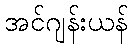
အင်ဂျန်းယန်